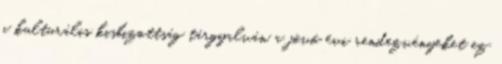
a kulturális kisbizottság tárgyalván a jövő évi rendezvényeket ez